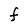
Character: f